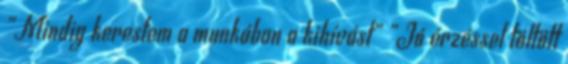
”Mindig kerestem a munkában a kihívást” „Jó érzéssel töltött